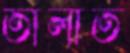
তালাত